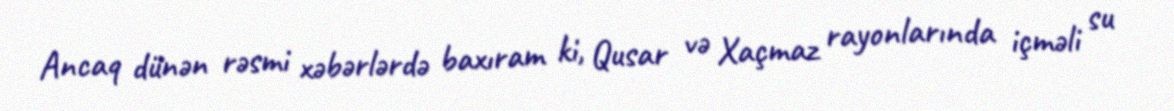
Ancaq dünən rəsmi xəbərlərdə baxıram ki, Qusar və Xaçmaz rayonlarında içməli su